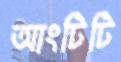
আংটিটি